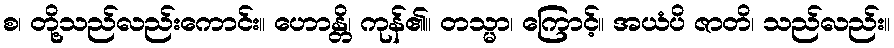
စ၊ တို့သည်လည်းကောင်း။ ဟောန္တိ၊ ကုန်၏။ တသ္မာ၊ ကြောင့်။ အယံပိ ဇာတိ၊ သည်လည်း။